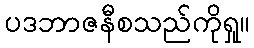
ပဒဘာဇနီစသည်ကိုရှု။